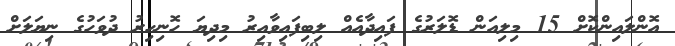
އޮންލައިންކޮށް 15 މިލިއަން ޑޮލަރުގެ ފައިދާއެއް ލިބިފައިވާއިރު މިދިޔަ ހޮނިހިރު ދުވަހުގެ ނިޔަލަށް